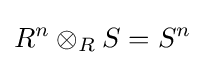
R^{n}\otimes _{R}S=S^{n}